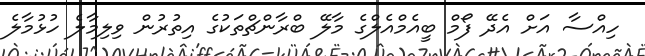
ހިއްސާ އަށް އެދޭ ފޯމް ބީއެމްއެލްގެ މާލޭ ބްރާންޗްތަކުގެ އިތުރުން ވިލިމާލެ ހުޅުމާލެ